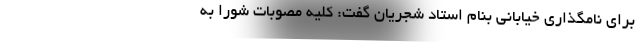
برای نامگذاری خیابانی بنام استاد شجریان گفت: کلیه مصوبات شورا به